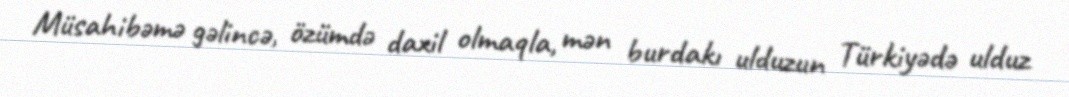
Müsahibəmə gəlincə, özümdə daxil olmaqla, mən burdakı ulduzun Türkiyədə ulduz